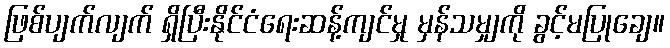
ဖြစ်ပျက်လျက် ရှိပြီးနိုင်ငံရေးဆန့်ကျင်မှု မှန်သမျှကို ခွင့်မပြုချေ။